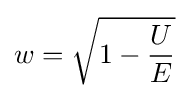
w={\sqrt {1-{\frac {U}{E}}}}